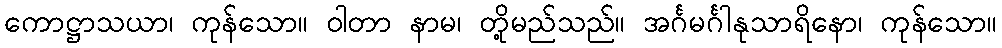
ကောဋ္ဌာသယာ၊ ကုန်သော။ ဝါတာ နာမ၊ တို့မည်သည်။ အင်္ဂမင်္ဂါနုသာရိနော၊ ကုန်သော။